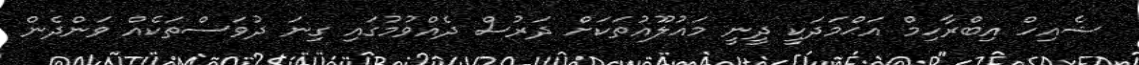
ޝެއިހް އިބްރާހިމް އަޙްމަދަކީ ދީނީ މައުލޫއުތަކަށް ދަރުސް ދެއްވުމުގައި ގިނަ ދުވަސްތަކެއް ވަންދެން